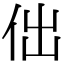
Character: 㑁